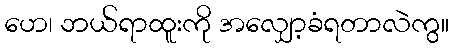
ဟေ၊ ဘယ်ရာထူးကို အလျှော့ခံရတာလဲကွ။